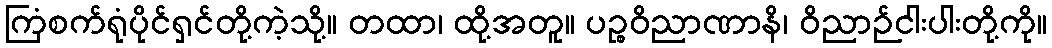
ကြံစက်ရုံပိုင်ရှင်တို့ကဲ့သို့။ တထာ၊ ထို့အတူ။ ပဉ္စဝိညာဏာနိ၊ ဝိညာဉ်ငါးပါးတို့ကို။